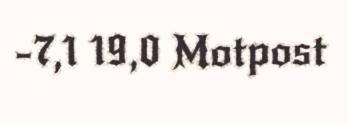
-7,1 19,0 Motpost